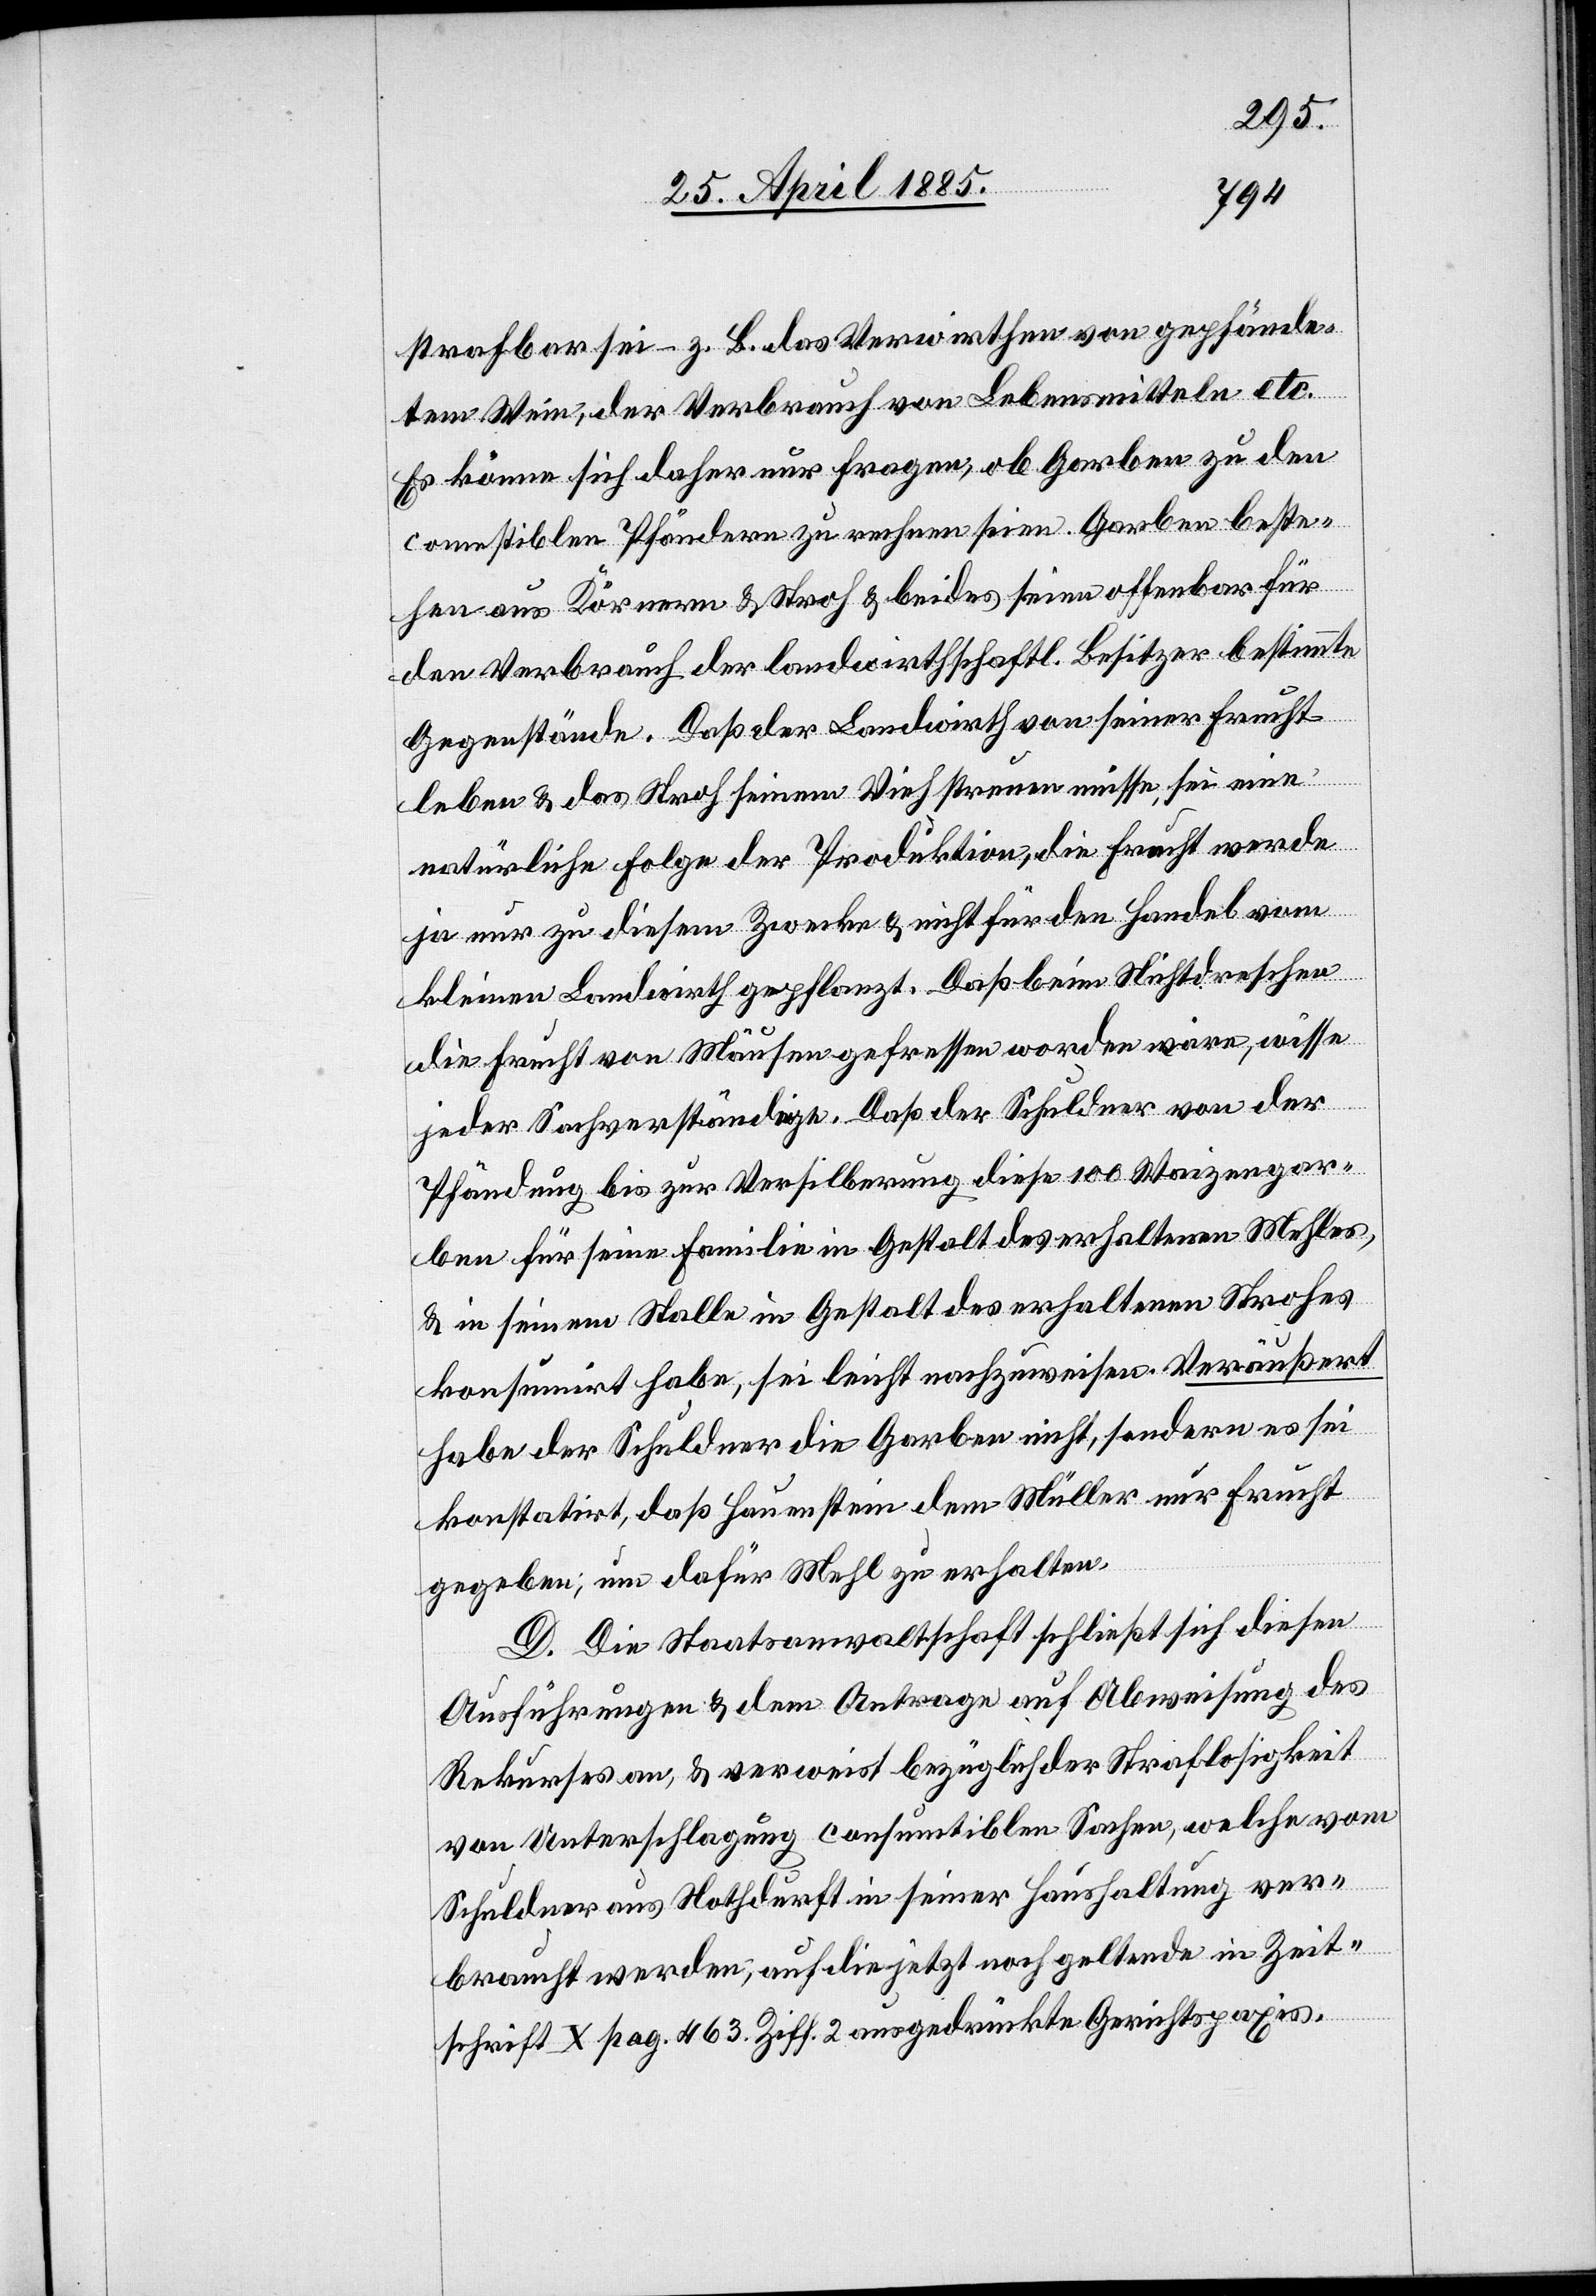
strafbar sei – z. B. das Verwirthen von gepfände¬
tem Wein, der Verbrauch von Lebensmitteln etc.
Es könne sich daher nur fragen, ob Garben zu den
comestiblen Pfändern zu rechnen seien. Garben beste¬
hen aus Körnern & Stroh & beides seien offenbar für
den Verbrauch der landwirthschaftl. Besitzer bestimmte
Gegenstände. Daß der Landwirth von seiner Frucht
leben & das Stroh seinem Vieh streuen müsse, sei eine
natürliche Folge der Produktion, die Frucht werde
ja nur zu diesem Zwecke & nicht für den Handel vom
kleinen Landwirth gepflanzt. Daß beim Nichtdreschen
die Frucht von Mäusen gefressen worden wäre, wisse
jeder Sachverständige. Daß der Schuldner von der
Pfändung bis zur Versilberung diese 100 Weizengar¬
ben für seine Familie in Gestalt des erhaltenen Strohes
konsumirt habe, sei leicht nachzuweisen. Veräußert
habe der Schuldner die Garben nicht, sondern es sei
konstatirt, daß Hauenstein dem Müller nur Frucht
gegeben, um dafür Mehl zu erhalten.
D. Die Staatsanwaltschaft schließt sich diesen
Ausführungen & dem Antrage auf Abweisung des
Rekurses an, & verweist bezüglich der Straflosigkeit
von Unterschlagung consumtiblen Sachen, welche vom
Schuldner aus Nothdurft in seiner Haushaltung ver¬
braucht werden, auf die jetzt noch geltende in Zeit¬
schrift X pag. 463. Ziff. 2 ausgedrückte Gerichtsp[r]axis.